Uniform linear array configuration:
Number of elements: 12
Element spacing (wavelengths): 0.75
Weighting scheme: cosine
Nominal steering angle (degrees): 0
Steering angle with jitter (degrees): -1.997
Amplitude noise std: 0.05
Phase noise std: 0.05

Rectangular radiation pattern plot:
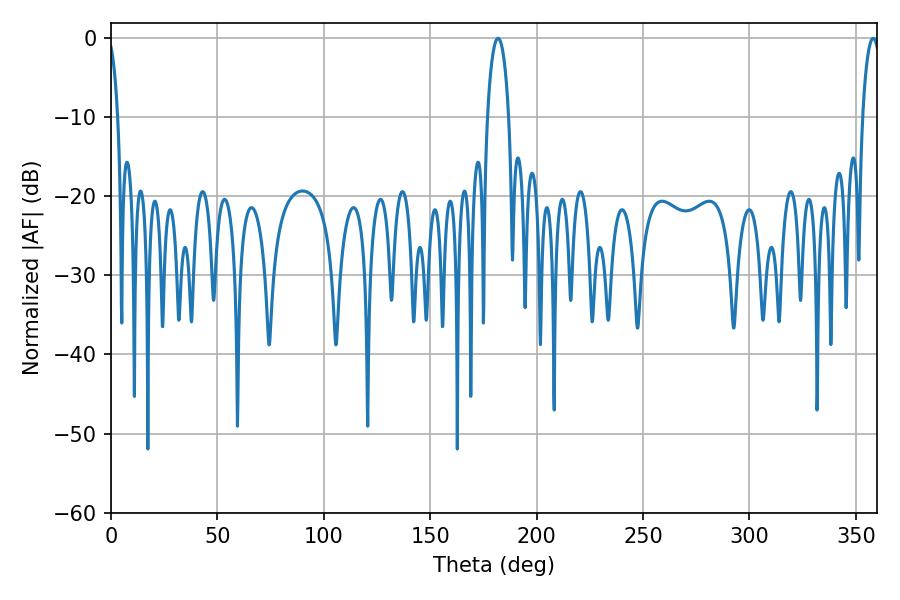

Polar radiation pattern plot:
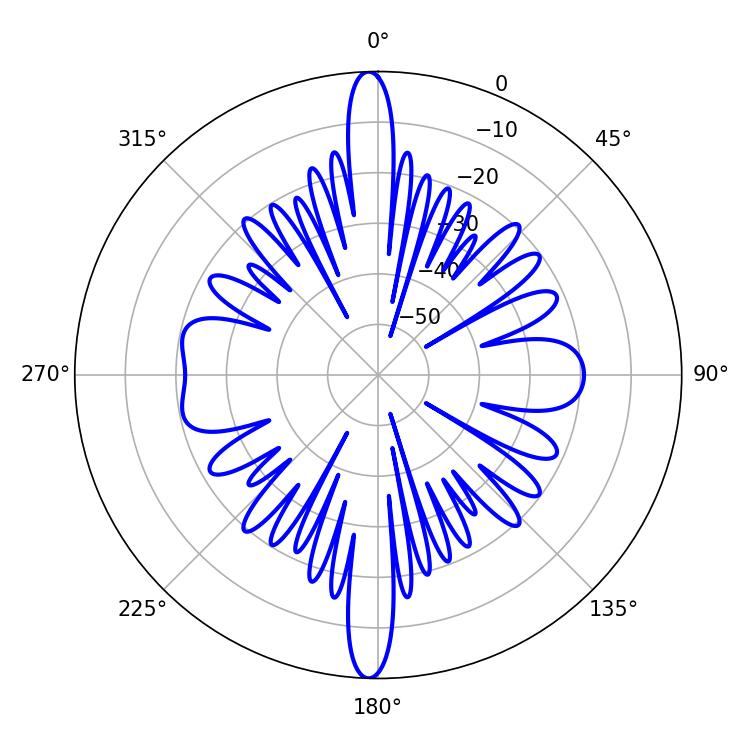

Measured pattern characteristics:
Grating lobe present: TRUE
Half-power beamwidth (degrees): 5.76
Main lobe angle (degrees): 181.8